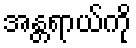
အန္တရာယ်ကို